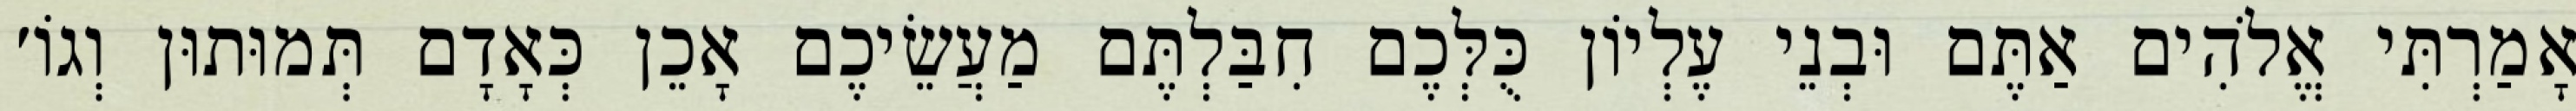
אָמַרְתִּי אֱלֹהִים אַתֶּם וּבְנֵי עֶלְיוֹן כֻּלְּכֶם חִבַּלְתֶּם מַעֲשֵׂיכֶם אָכֵן כְּאָדָם תְּמוּתוּן וְגוֹ׳